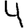
Digit: 4